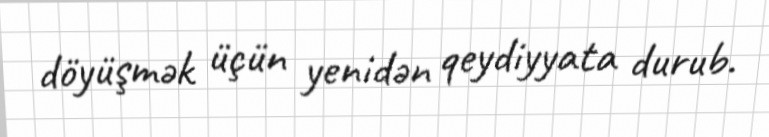
döyüşmək üçün yenidən qeydiyyata durub.